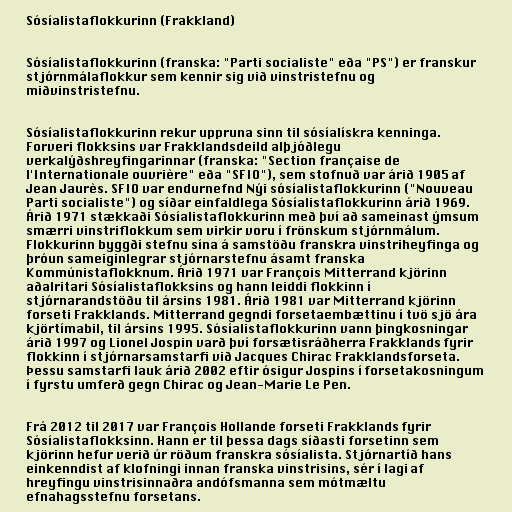
Sósíalistaflokkurinn (Frakkland)

Sósíalistaflokkurinn (franska: "Parti socialiste" eða "PS") er franskur
stjórnmálaflokkur sem kennir sig við vinstristefnu og
miðvinstristefnu.

Sósíalistaflokkurinn rekur uppruna sinn til sósíalískra kenninga.
Forveri flokksins var Frakklandsdeild alþjóðlegu
verkalýðshreyfingarinnar (franska: "Section française de
l'Internationale ouvrière" eða "SFIO"), sem stofnuð var árið 1905 af
Jean Jaurès. SFIO var endurnefnd Nýi sósíalistaflokkurinn ("Nouveau
Parti socialiste") og síðar einfaldlega Sósíalistaflokkurinn árið 1969.
Árið 1971 stækkaði Sósíalistaflokkurinn með því að sameinast ýmsum
smærri vinstriflokkum sem virkir voru í frönskum stjórnmálum.
Flokkurinn byggði stefnu sína á samstöðu franskra vinstriheyfinga og
þróun sameiginlegrar stjórnarstefnu ásamt franska
Kommúnistaflokknum. Árið 1971 var François Mitterrand kjörinn
aðalritari Sósíalistaflokksins og hann leiddi flokkinn í
stjórnarandstöðu til ársins 1981. Árið 1981 var Mitterrand kjörinn
forseti Frakklands. Mitterrand gegndi forsetaembættinu í tvö sjö ára
kjörtímabil, til ársins 1995. Sósíalistaflokkurinn vann þingkosningar
árið 1997 og Lionel Jospin varð því forsætisráðherra Frakklands fyrir
flokkinn í stjórnarsamstarfi við Jacques Chirac Frakklandsforseta.
Þessu samstarfi lauk árið 2002 eftir ósigur Jospins í forsetakosningum
í fyrstu umferð gegn Chirac og Jean-Marie Le Pen.

Frá 2012 til 2017 var François Hollande forseti Frakklands fyrir
Sósíalistaflokksinn. Hann er til þessa dags síðasti forsetinn sem
kjörinn hefur verið úr röðum franskra sósíalista. Stjórnartíð hans
einkenndist af klofningi innan franska vinstrisins, sér í lagi af
hreyfingu vinstrisinnaðra andófsmanna sem mótmæltu
efnahagsstefnu forsetans.